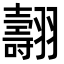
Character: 翿